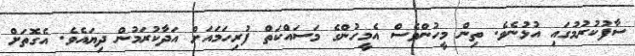
ސާފުކުރުމުގައި އުޅުނެވެ. ތިން މީހުންވެސް އެމީހުންގެ މަސައްކަތް ފުރިހަމައަށް އަދާކުރަމުން ދިޔައެވެ. އެގޮތަށް